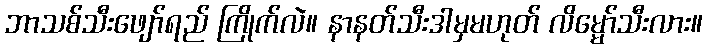
ဘာသစ်သီးဖျော်ရည် ကြိုက်လဲ။ နာနတ်သီးဒါမှမဟုတ် လိမ္မော်သီးလား။